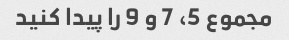
مجموع 5، 7 و 9 را پیدا کنید